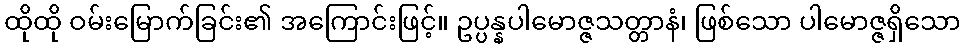
ထိုထို ဝမ်းမြောက်ခြင်း၏ အကြောင်းဖြင့်။ ဥပ္ပန္နပါမောဇ္ဇသတ္တာနံ၊ ဖြစ်သော ပါမောဇ္ဇရှိသော